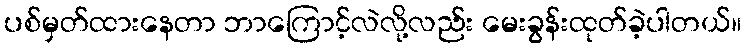
ပစ်မှတ်ထားနေတာ ဘာကြောင့်လဲလို့လည်း မေးခွန်းထုတ်ခဲ့ပါတယ်။